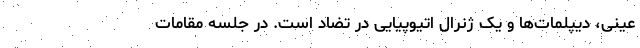
عینی، دیپلمات‌ها و یک ژنرال اتیوپیایی در تضاد است. در جلسه مقامات